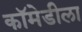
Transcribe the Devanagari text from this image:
कॉमेडीला